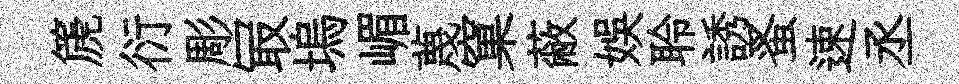
篪衍彫冣塢嵋蔑窠蔽娱聆誘蚤速丞